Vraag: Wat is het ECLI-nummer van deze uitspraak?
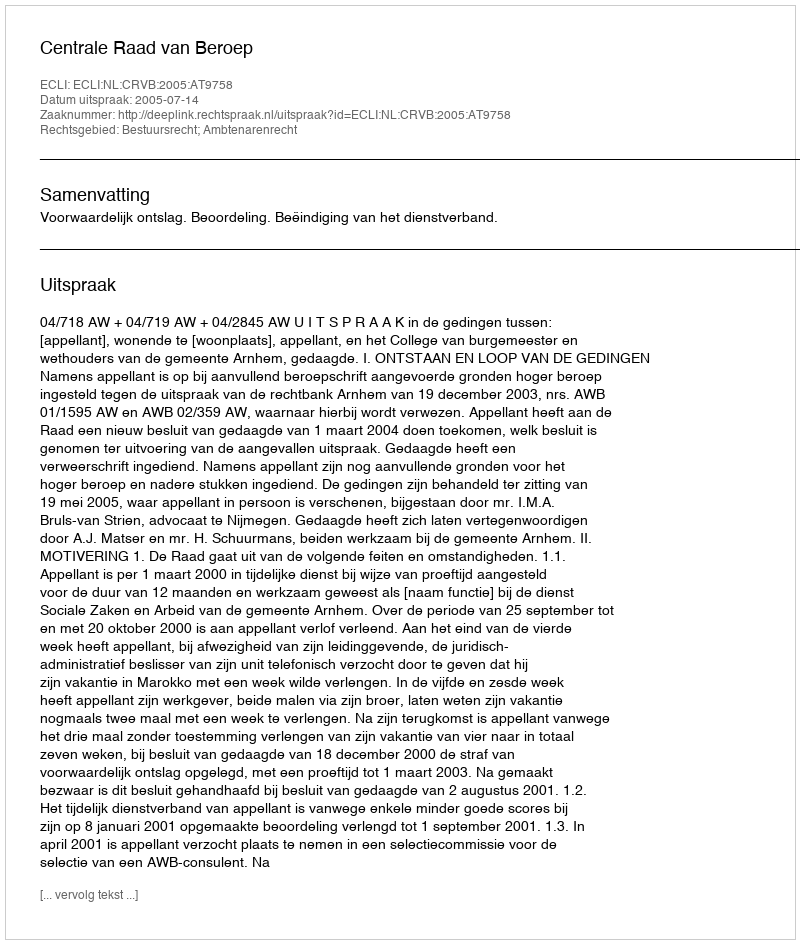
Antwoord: ECLI:NL:CRVB:2005:AT9758